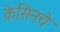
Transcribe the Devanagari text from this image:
केसिनचे